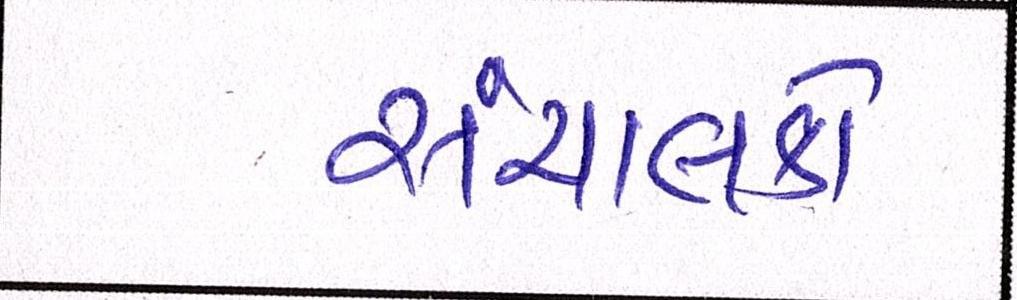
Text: સંચાલકો